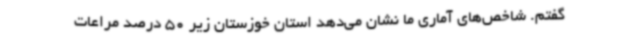
گفتم. شاخص‌های آماری ما نشان می‌دهد استان خوزستان زیر 50 درصد مراعات